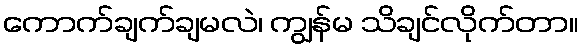
ကောက်ချက်ချမလဲ၊ ကျွန်မ သိချင်လိုက်တာ။